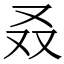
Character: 叒